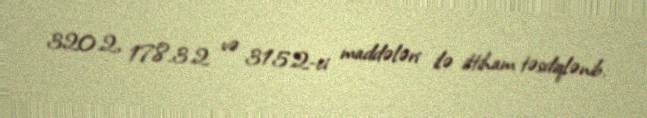
320.2, 178.3.2 və 315.2-ci maddələri ilə ittiham təsdiqlənib.